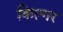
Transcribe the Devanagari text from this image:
किल्‍गर